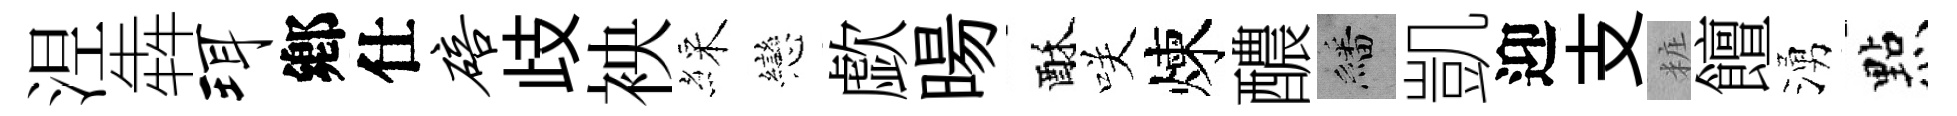
𣵀犇珥鄕仕碚歧䘧綵戀歔暘酥咲煉醲繙凱迎支粧饘湧㸃